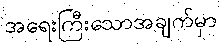
အရေးကြီးသောအချက်မှာ